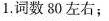
1.词数80左右；